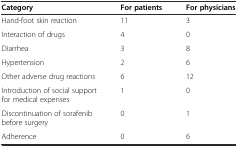
<table><thead><tr><td><b>Category</b></td><td><b>For patients</b></td><td><b>For physicians</b></td></tr></thead><tbody><tr><td>Hand-foot skin reaction</td><td>11</td><td>3</td></tr><tr><td>Interaction of drugs</td><td>4</td><td>0</td></tr><tr><td>Diarrhea</td><td>3</td><td>8</td></tr><tr><td>Hypertension</td><td>2</td><td>6</td></tr><tr><td>Other adverse drug reactions</td><td>6</td><td>12</td></tr><tr><td>Introduction of social support for medical expenses</td><td>1</td><td>0</td></tr><tr><td>Discontinuation of sorafenib before surgery</td><td>0</td><td>1</td></tr><tr><td>Adherence</td><td>0</td><td>6</td></tr></tbody></table>